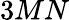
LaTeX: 3MN